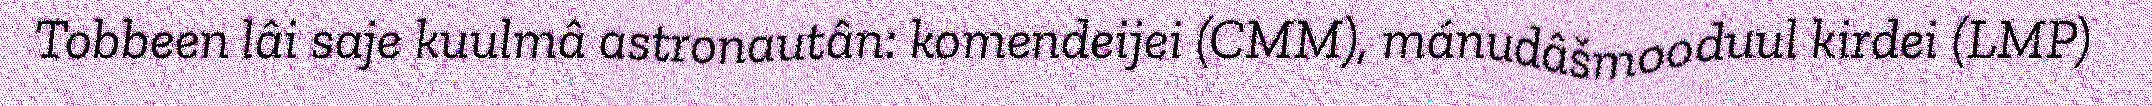
Tobbeen lâi saje kuulmâ astronautân: komendeijei (CMM), mánudâšmooduul kirdei (LMP)